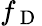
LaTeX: f_{\mathrm{~D~}}